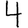
Digit: 4